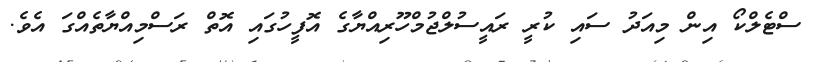
ސްޓެލްކޯ އިން މިއަދު ސައި ކުރީ ރައީސުލްޖުމްހޫރިއްޔާގެ އޮފީހުގައި އޮތް ރަސްމިއްޔާތެއްގަ އެވެ.